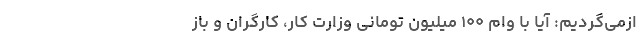
ازمی‌گردیم: آیا با وام ۱۰۰ میلیون تومانی وزارت کار، کارگران و باز